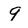
Character: 9